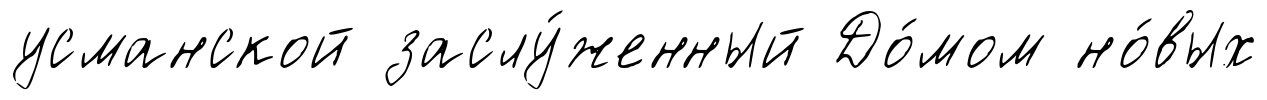
усманской заслу́женный До́мом но́вых